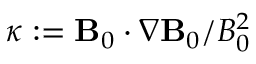
\boldsymbol { \kappa } : = \mathbf { B } _ { 0 } \cdot \nabla { \mathbf { B } } _ { 0 } / B _ { 0 } ^ { 2 }